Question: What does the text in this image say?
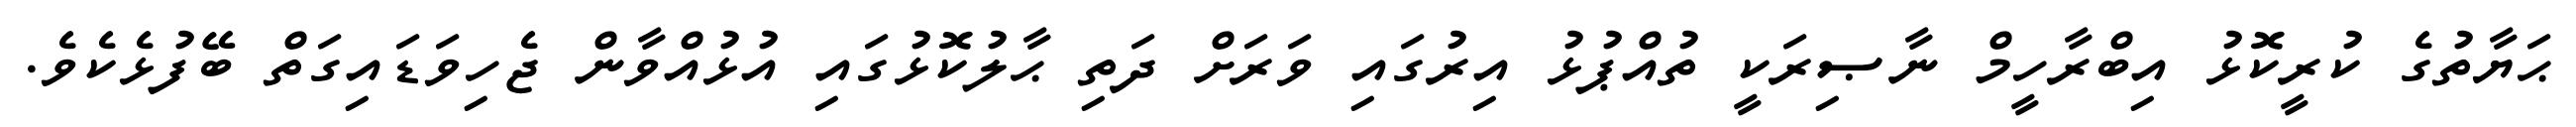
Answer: ޙަޔާތުގެ ކުރީކޮޅު އިބްރާހީމް ނާޞިރަކީ ތުއްޕުޅު އިރުގައި ވަރަށް ދަތި ޙާލުކޮޅުގައި އުޅުއްވާން ޖެހިވަޑައިގަތް ބޭފުޅެކެވެ.